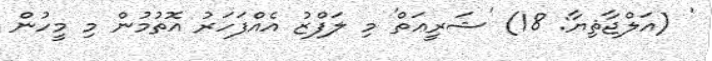
' (އަލްޖާޘިޔާ: 18) 'ޝަރީޢަތް' މި ލަފްޒު އެއްފަހަރު އޮތުމުން މި މީހުން